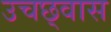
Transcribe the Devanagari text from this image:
उचछ्वास